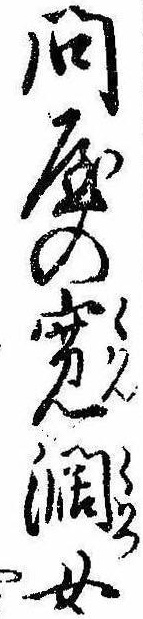
問屋の寛闊女